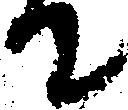
て